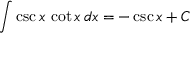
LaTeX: \int \csc { x } \, \cot { x } \, d x = - \csc { x } + C